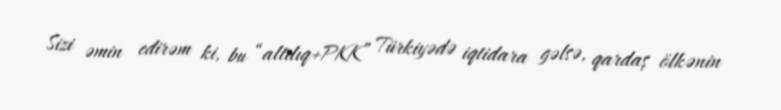
Sizi əmin edirəm ki, bu “altılıq+PKK” Türkiyədə iqtidara gəlsə, qardaş ölkənin